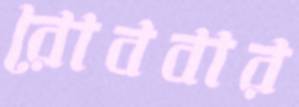
রোববার